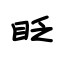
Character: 眨